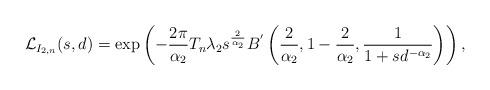
LaTeX: \begin{align*}\mathcal{L}_{I_{2,n}}(s,d)=\exp\left(-\frac{2\pi}{\alpha_2}T_{n}\lambda_{2}s^{\frac{2}{\alpha_2}}B^{'}\left(\frac{2}{\alpha_2},1-\frac{2}{\alpha_2},\frac{1}{1+sd^{-\alpha_2}}\right)\right),\end{align*}